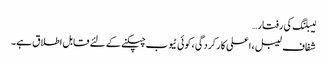
لیبلنگ کی رفتار…
شفاف لیبل ، اعلی کارکردگی ، کوئی ٹیوب چپکنے کے لئے قابل اطلاق ہے۔